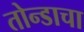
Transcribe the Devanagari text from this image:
तोन्डाचा